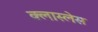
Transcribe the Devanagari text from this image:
क्लास्लेस